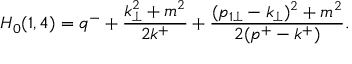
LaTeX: H _ { 0 } ( 1 , 4 ) = q ^ { - } + \frac { k _ { \perp } ^ { 2 } + m ^ { 2 } } { 2 k ^ { + } } + \frac { ( p _ { 1 \perp } - k _ { \perp } ) ^ { 2 } + m ^ { 2 } } { 2 ( p ^ { + } - k ^ { + } ) } .